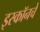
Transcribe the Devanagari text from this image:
इस्कॉनचे